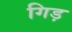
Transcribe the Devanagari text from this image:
गिड़